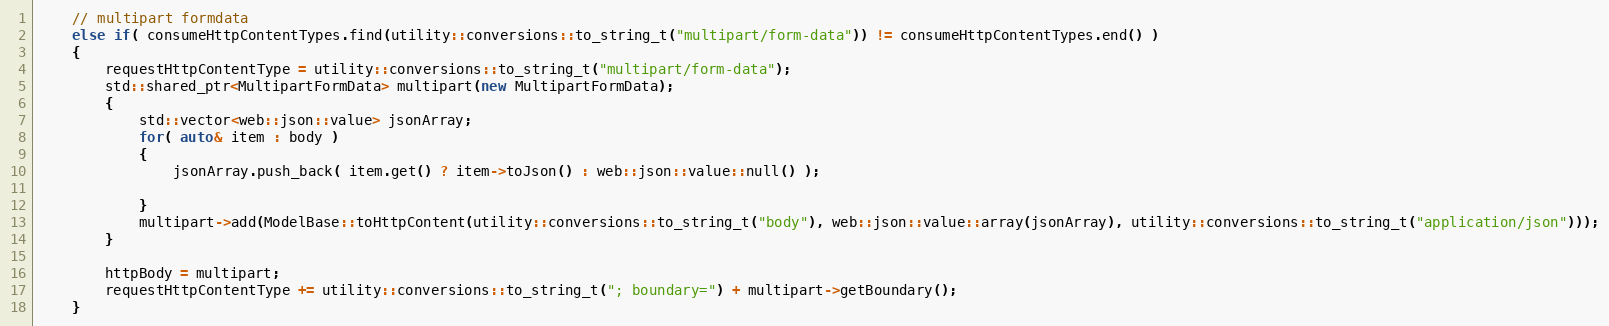
Language: C++
    // multipart formdata
    else if( consumeHttpContentTypes.find(utility::conversions::to_string_t("multipart/form-data")) != consumeHttpContentTypes.end() )
    {
        requestHttpContentType = utility::conversions::to_string_t("multipart/form-data");
        std::shared_ptr<MultipartFormData> multipart(new MultipartFormData);
        {
            std::vector<web::json::value> jsonArray;
            for( auto& item : body )
            {
                jsonArray.push_back( item.get() ? item->toJson() : web::json::value::null() );

            }
            multipart->add(ModelBase::toHttpContent(utility::conversions::to_string_t("body"), web::json::value::array(jsonArray), utility::conversions::to_string_t("application/json")));
        }

        httpBody = multipart;
        requestHttpContentType += utility::conversions::to_string_t("; boundary=") + multipart->getBoundary();
    }